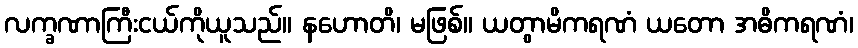
လက္ခဏာကြီးငယ်ကိုယူသည်။ နဟောတိ၊ မဖြစ်။ ယတွာမိကရဏံ ယတော အဓိကရဏံ၊